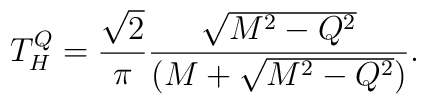
T^Q_H = { \sqrt 2 \over \pi} { \sqrt{ M^2 -Q^2} \over (M + \sqrt{ M^2- Q^2})}.